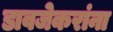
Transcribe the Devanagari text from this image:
डावजेकरांना